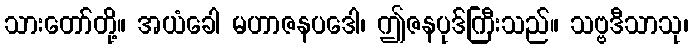
သားတော်တို့။ အယံခေါ မဟာဇနပဒေါ၊ ဤဇနပုဒ်ကြီးသည်။ သဗ္ဗဒီသာသု၊